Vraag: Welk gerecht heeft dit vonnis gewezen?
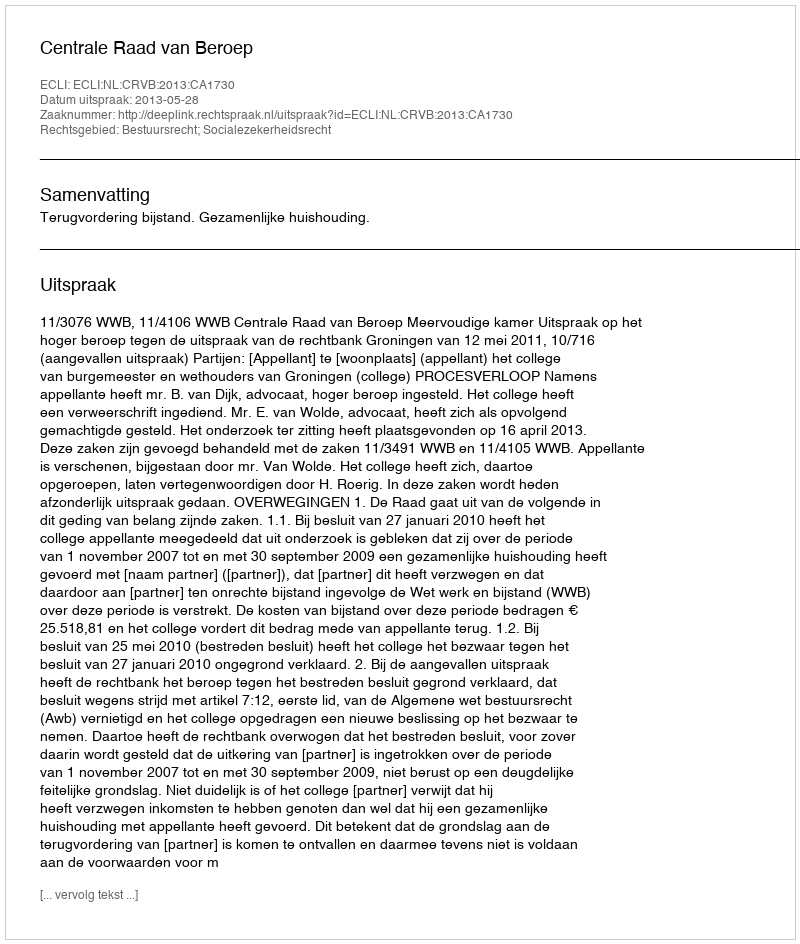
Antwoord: Centrale Raad van Beroep